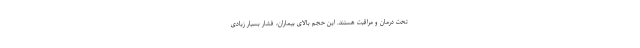
تحت درمان و مراقبت هستند. این حجم بالای بیماران، فشار بسیار زیادی